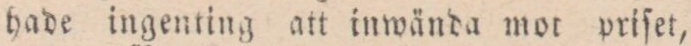
hade ingenting att inwända mor priſet,